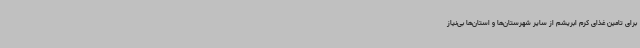
برای تامین غذای کرم ابریشم از سایر شهرستان‌ها و استان‌ها بی‌نیاز